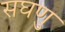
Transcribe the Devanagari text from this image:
सघणु